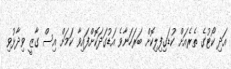
އަދި ކޯޓުގެ ތެރެއަށް ކުޑަގިފިލިކޮށް ބަރަހަނާވެ އަޑުގަދަކޮށްފައިވާ ކަމަށް އިސް ގާޒީ ވިދާޅުވި